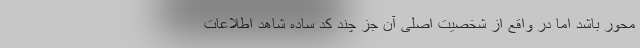
محور باشد اما در واقع از شخصیت اصلی آن جز چند کد ساده شاهد اطلاعات